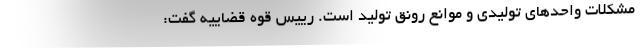
مشکلات واحدهای تولیدی و موانع رونق تولید است. رییس قوه قضاییه گفت: